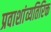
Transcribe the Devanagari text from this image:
प्रवाशांव्यतिरिक्त